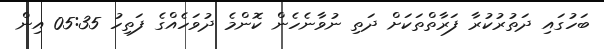
ބަހުގައި ދަތުރުކުރާ ފަރާތްތަކަށް ދަތި ނުވާނެހެން ކޮންމެ ދުވަހެއްގެ ފަތިހު 05:35 އިން